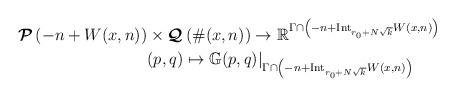
LaTeX: \begin{align*} \boldsymbol{\mathcal{P}}\left(-n+ W(x,n)\right)& \times \boldsymbol{\mathcal{Q}}\left(\#(x,n)\right) \to \mathbb{R}^{\Gamma \cap \left(-n+\mathrm{Int}_{r_0+N\sqrt{k}} W(x,n)\right)} \\ &(p,q) \mapsto \mathbb{G}(p,q)|_{ \Gamma \cap \left(-n+\mathrm{Int}_{r_0+N\sqrt{k}} W(x,n)\right)} \end{align*}